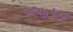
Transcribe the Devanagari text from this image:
५२७५०